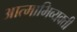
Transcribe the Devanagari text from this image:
आत्माभिव्यक्ती